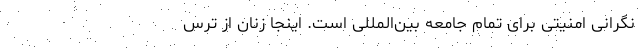
نگرانی امنیتی برای تمام جامعه بین‌المللی است‌. اینجا زنان از ترس